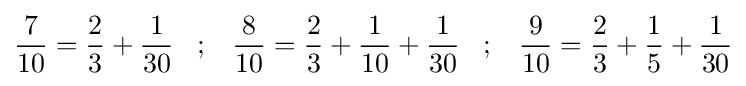
{\frac {7}{10}}={\frac {2}{3}}+{\frac {1}{30}}\;\;\;;\;\;\;{\frac {8}{10}}={\frac {2}{3}}+{\frac {1}{10}}+{\frac {1}{30}}\;\;\;;\;\;\;{\frac {9}{10}}={\frac {2}{3}}+{\frac {1}{5}}+{\frac {1}{30}}